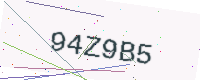
Text: 94Z9B5